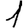
Digit: 1